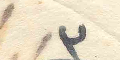
٣